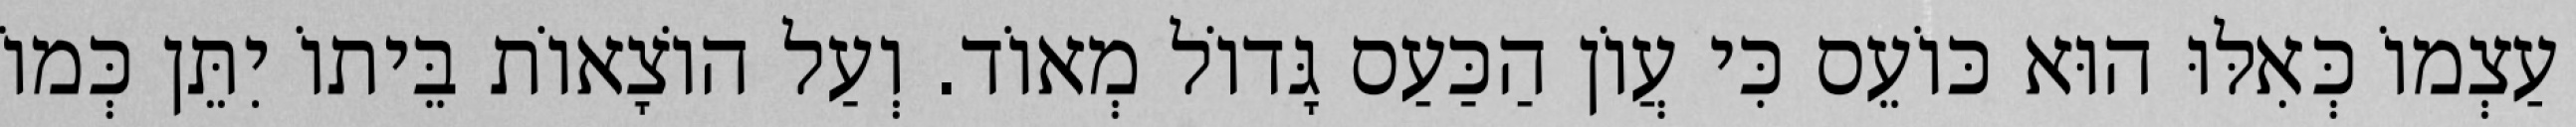
עַצְמוֹ כְּאִלּוּ הוּא כּוֹעֵס כִּי עֲוֹן הַכַּעַס גָּדוֹל מְאוֹד. וְעַל הוֹצָאוֹת בֵּיתוֹ יִתֵּן כְּמוֹ